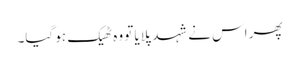
پھر اس نے شہد پلایا تو وہ ٹھیک ہو گیا۔